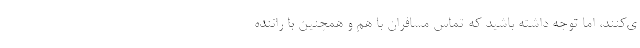
ی‌کنند، اما توجه داشته باشید که تماس مسافران با هم و همچنین با راننده